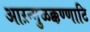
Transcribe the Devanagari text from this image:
आऱन्मुळक्कण्णाटि